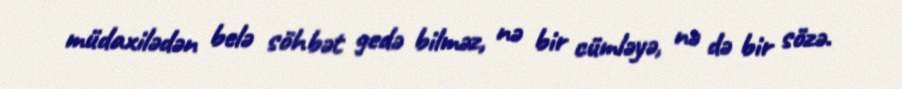
müdaxilədən belə söhbət gedə bilməz, nə bir cümləyə, nə də bir sözə.